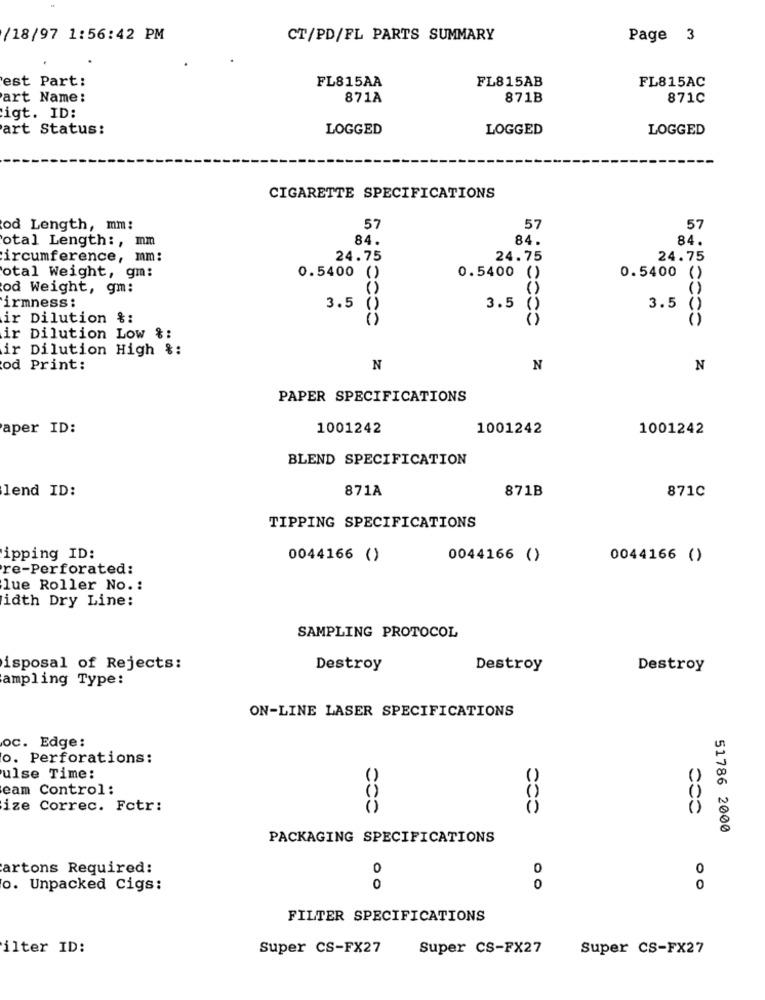
/18/97 1:56:42 PM
CT/PD/FL PARTS SUMMARY
Page 3
est Part:
FL815AA
FL815AB
FL815AC
art Name:
871A
871B
871C
igt. ID:
art Status:
LOGGED
LOGGED
LOGGED
CIGARETTE SPECIFICATIONS
od Length, mm:
57
57
57
otal Length :, mm
84.
84.
84.
ircumference, mm:
24.75
24.75
24.75
0.5400
total Weight, gm:
0.5400 ()
0.5400 ()
od Weight, gm:
3.5
3.5
irmness:
()
3.5 ()
ir Dilution &:
ir Dilution Low &:
ir Dilution High %:
od Print:
N
N
N
PAPER SPECIFICATIONS
aper ID:
1001242
1001242
1001242
BLEND SPECIFICATION
lend ID:
871A
871B
871C
TIPPING SPECIFICATIONS
ipping ID:
0044166 ()
0044166 ()
0044166 ()
re-Perforated:
lue Roller No .:
idth Dry Line:
SAMPLING PROTOCOL
isposal of Rejects:
Destroy
Destroy
Destroy
ampling Type:
ON-LINE LASER SPECIFICATIONS
oc. Edge:
o. Perforations:
ulse Time:
eam Control:
ize Correc. Fotr:
51786 2000
PACKAGING SPECIFICATIONS
artons Required:
0
0
0
o. Unpacked Cigs:
0
0
0
FILTER SPECIFICATIONS
ilter ID:
Super CS-FX27
Super CS-FX27
Super CS-FX27